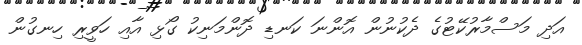
އަދި މަސްމާރުކޭޓުގެ ދެކުނުން އޮންނަ ކަނޑި ދޮންމަނިކު ގޯޅި އާއި ހަވީރި ހިނގުން